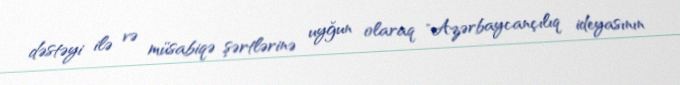
dəstəyi ilə və müsabiqə şərtlərinə uyğun olaraq "Azərbaycançılıq ideyasının